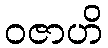
ဝဇာဟိ